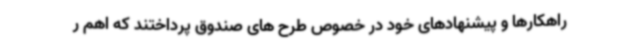
راهکارها و پیشنهادهای خود در خصوص طرح های صندوق پرداختند که اهم ر